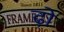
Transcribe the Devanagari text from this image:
ढ़ो